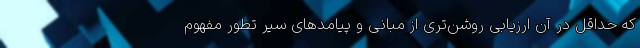
که حداقل در آن ارزیابی روشن‌تری از مبانی و پیامدهای سیر تطور مفهوم